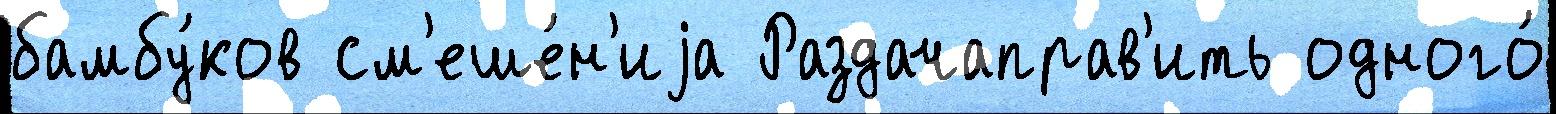
бамбу́ков см'еше́н'иjа Раздачаправ'ить одного́